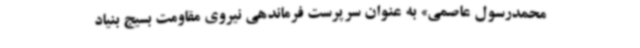
محمدرسول عاصمی» به عنوان سرپرست فرماندهی نیروی مقاومت بسیج بنیاد